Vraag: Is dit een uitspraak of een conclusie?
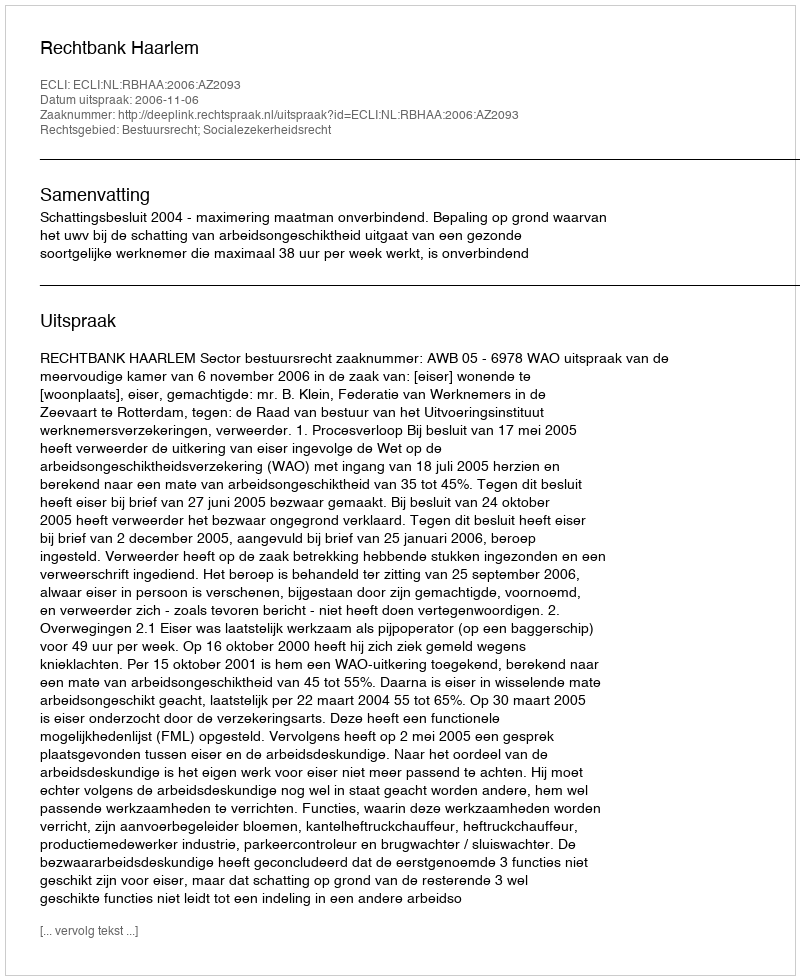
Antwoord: Uitspraak